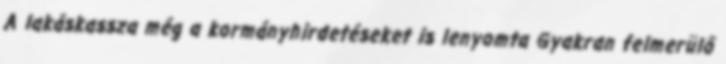
A lakáskassza még a kormányhirdetéseket is lenyomta Gyakran felmerülő